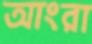
আংরা